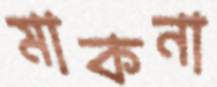
মাকনা